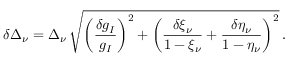
\delta \Delta _ { \nu } = \Delta _ { \nu } \, \sqrt { \bigg ( \frac { \delta g _ { I } } { g _ { I } } \bigg ) ^ { 2 } + \bigg ( \frac { \delta \xi _ { \nu } } { 1 - \xi _ { \nu } } + \frac { \delta \eta _ { \nu } } { 1 - \eta _ { \nu } } \bigg ) ^ { 2 } } \, .